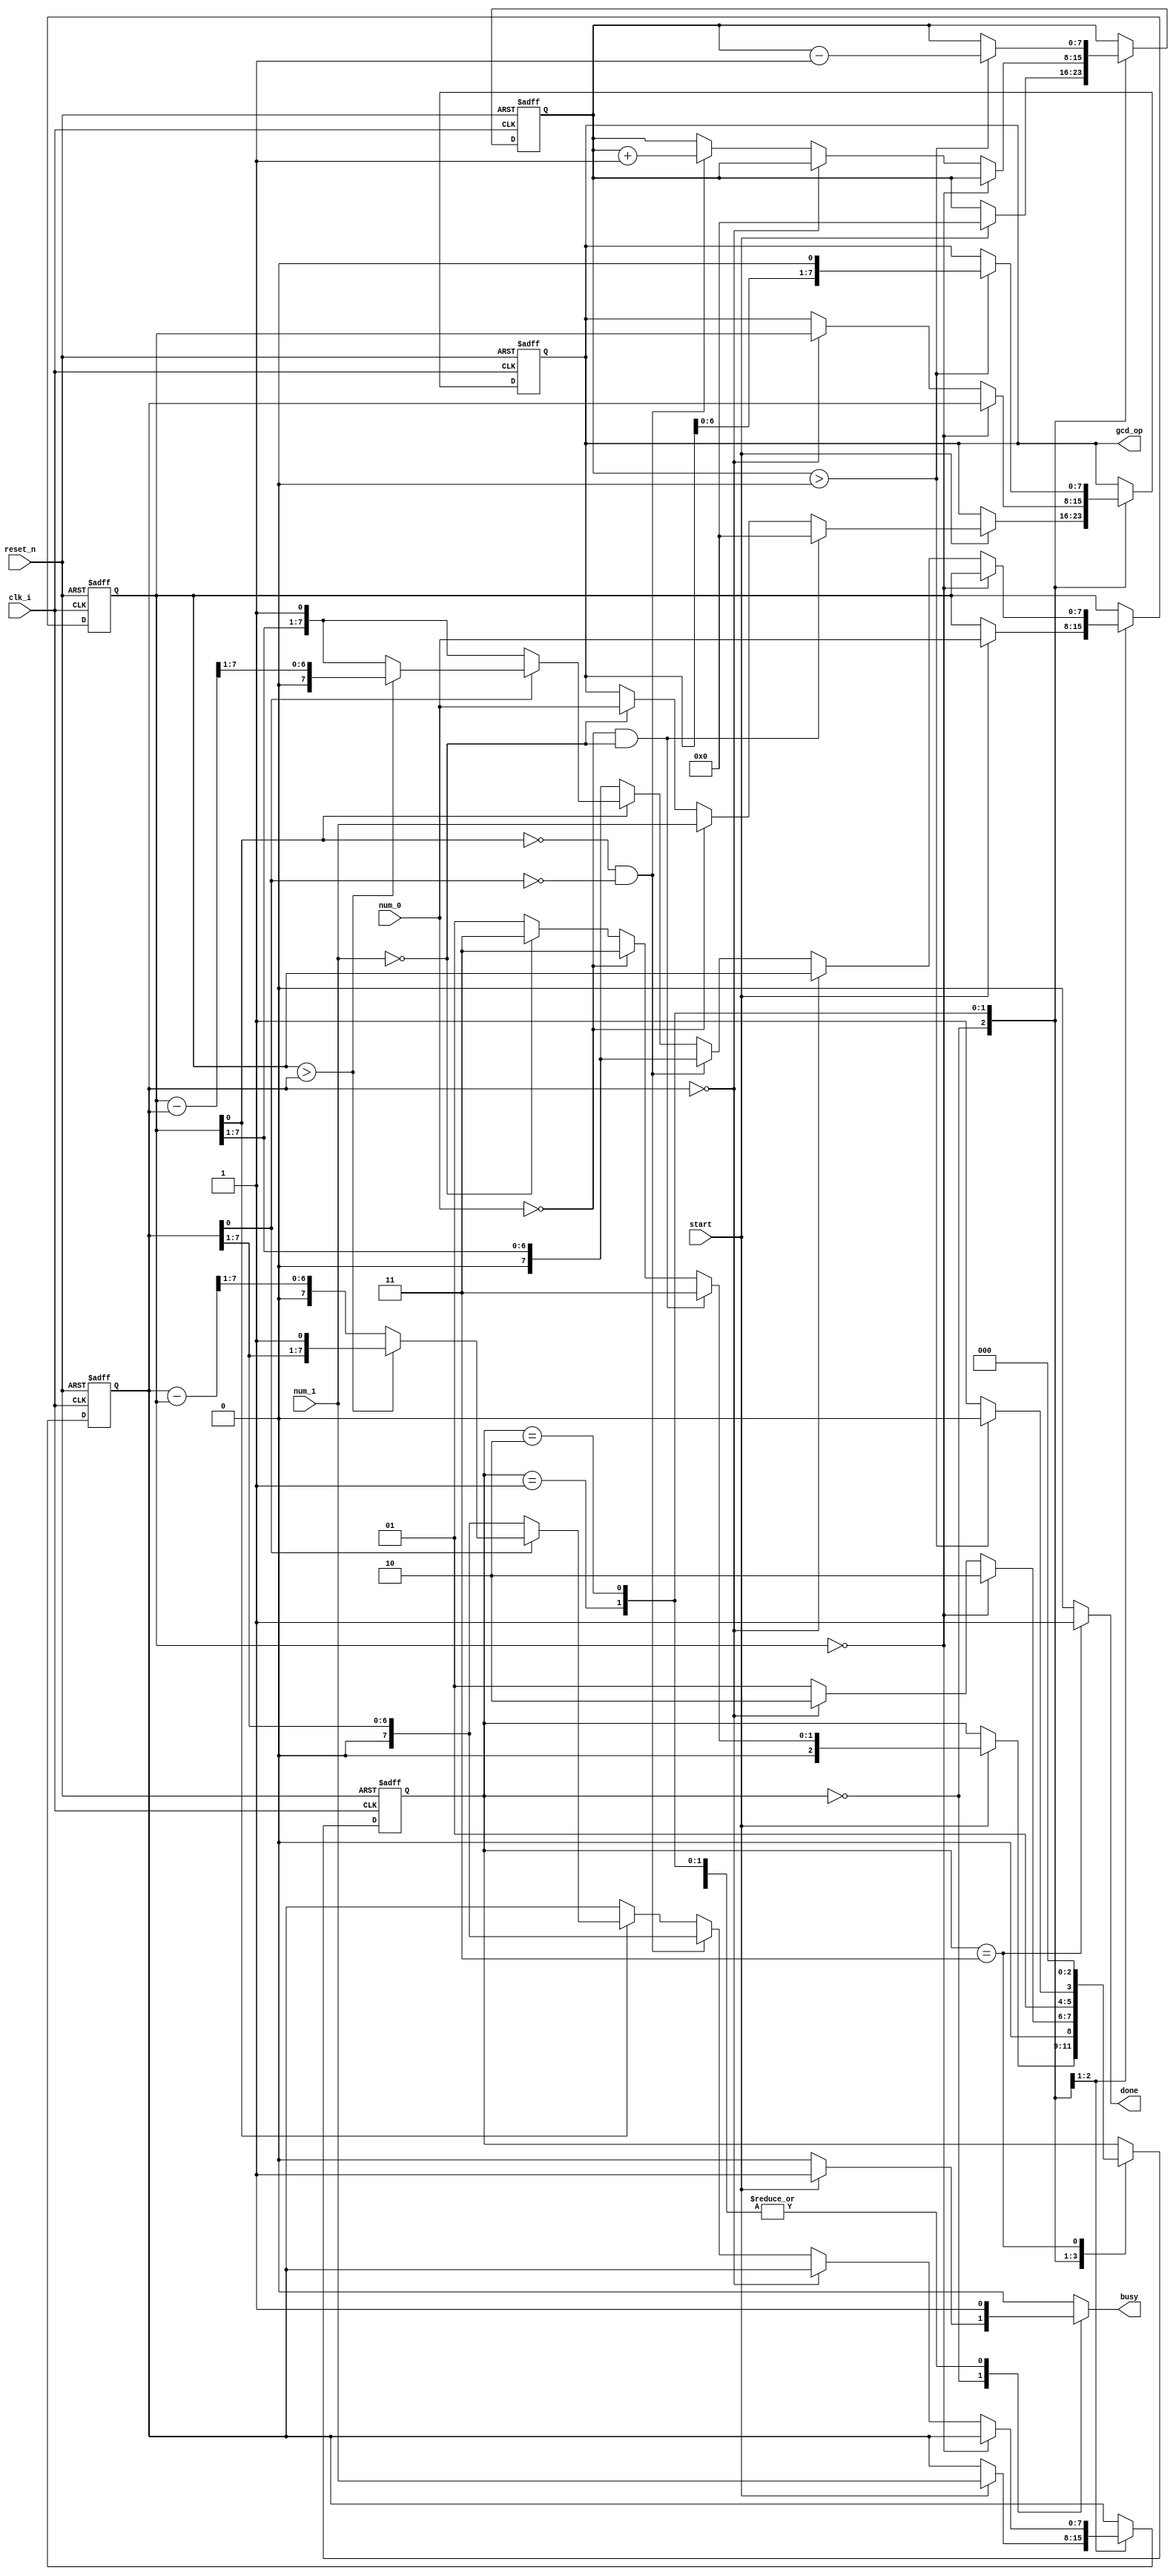
//-------------------------------------------------------------------//
// Module	: gcd_processor.v
// Version	: v1
// Remarks	: Initial Draft
//
//
// ------------------------------------------------------------------//
`timescale 1 ns/ 1 ns

module gcd_processor #(parameter BIT_LEN = 8) (
  input wire                clk_i  ,
  input wire                reset_n,

  input wire [BIT_LEN-1:0]  num_0  ,
  input wire [BIT_LEN-1:0]  num_1  ,
  input wire                start  ,
 
  output reg                busy   ,
  output wire [BIT_LEN-1:0] gcd_op ,
  output reg                done  
);

localparam IDLE         = 3'd0,
	   PRE_PROCESS  = 3'd1,
	   POST_PROCESS = 3'd2,
	   DONE         = 3'd3;


reg [2:0]         gcd_state_reg;   
reg [2:0]         gcd_state_nxt;

reg [BIT_LEN-1:0] num_0_reg;
reg [BIT_LEN-1:0] num_0_nxt;

reg [BIT_LEN-1:0] num_1_reg;
reg [BIT_LEN-1:0] num_1_nxt;


reg [BIT_LEN-1:0] gcd_op_reg;
reg [BIT_LEN-1:0] gcd_op_nxt;

reg [BIT_LEN-1:0] mult_cntr_reg;
reg [BIT_LEN-1:0] mult_cntr_nxt;

assign gcd_op = gcd_op_reg;



always @(posedge clk_i, negedge reset_n) begin
  if (!reset_n) begin
    gcd_state_reg      <= IDLE;
    num_0_reg          <= 'd0;
    num_1_reg          <= 'd0;
    gcd_op_reg         <= 'd0;
    mult_cntr_reg      <= 'd0;
  end else begin
    gcd_state_reg      <= gcd_state_nxt;
    num_0_reg          <= num_0_nxt;
    num_1_reg          <= num_1_nxt;
    gcd_op_reg         <= gcd_op_nxt;
    mult_cntr_reg      <= mult_cntr_nxt;
  end
end


always @* begin
  gcd_state_nxt = gcd_state_reg;
  num_0_nxt     = num_0_reg;
  num_1_nxt     = num_1_reg;
  gcd_op_nxt    = gcd_op_reg;
  mult_cntr_nxt = mult_cntr_reg;
  done          = 1'b0;
  busy          = 1'b0; 
  case (gcd_state_reg)
    IDLE: begin	    
      if (start) begin
	num_0_nxt       = num_0;      
	num_1_nxt       = num_1;
        busy            = 1'b1;
        mult_cntr_nxt   = 'd0;	
        gcd_state_nxt   = PRE_PROCESS;
        if ((num_0 == 'd0) && (num_1 == 'd0)) begin
          gcd_state_nxt = DONE;
	  gcd_op_nxt    = 'd0; 
        end
        else if (num_0 == 'd0) begin
          gcd_state_nxt = DONE;
	  gcd_op_nxt    = num_1; 
        end		
        else if (num_1 == 'd0) begin
          gcd_state_nxt = DONE;
	  gcd_op_nxt    = num_0; 
        end	
      end	      
    end
    PRE_PROCESS: begin
      busy              = 1'b1;	    
      if (num_0_reg == 'd0) begin
        gcd_state_nxt   = POST_PROCESS;
        gcd_op_nxt      = num_1_reg;	
      end
      else if (num_1_reg == 'd0) begin
        gcd_state_nxt   = POST_PROCESS;
        gcd_op_nxt      = num_0_reg;	
      end      
      else if (~num_0_reg[0] & ~num_1_reg[0]) begin     // Num-0 and NUm-1 are Even
        num_0_nxt      = num_0_reg >> 1;   
        num_1_nxt      = num_1_reg >> 1;  
        mult_cntr_nxt  = mult_cntr_reg + 1'b1;
        gcd_state_nxt  = PRE_PROCESS;	
      end	      
      else if (~num_0_reg[0]) begin                    // Num-0 is Even
        num_0_nxt      = num_0_reg >> 1;   
        gcd_state_nxt  = PRE_PROCESS;	
      end
      else if (~num_1_reg[0]) begin                    // Num-0 is Even
        num_1_nxt      = num_1_reg >> 1;   
        gcd_state_nxt  = PRE_PROCESS;	
      end
      else if (num_0_reg > num_1_reg) begin           // Both are ODD
        num_0_nxt      = (num_0_reg - num_1_reg) >> 1;
        gcd_state_nxt  = PRE_PROCESS;	
      end
      else  begin                                     // Both are Odd
        num_1_nxt      = (num_1_reg - num_0_reg) >> 1;
        gcd_state_nxt  = PRE_PROCESS;	
      end
    end
    POST_PROCESS: begin
      busy            = 1'b1;	    
      if (mult_cntr_reg > 0) begin
        gcd_state_nxt = POST_PROCESS;
	gcd_op_nxt    = gcd_op_reg << 1;
	mult_cntr_nxt = mult_cntr_reg - 1'b1;
      end
      else begin
        gcd_state_nxt  = DONE;	
      end      
    end
    DONE: begin
      done          = 1'b1;
      busy          = 1'b1;      
      gcd_state_nxt = IDLE;
    end    
  endcase	 
end

endmodule